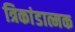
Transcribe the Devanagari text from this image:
त्रिकांडात्मक